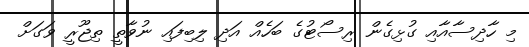
މި ހާދިސާއާއި ގުޅިގެން ރިސޯޓުގެ ބަހެއް އަދި ލިބިފައި ނުވާތީ ތިޖޫރީީ ވަގަށް